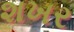
શખર